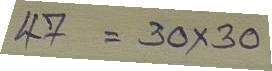
47 = 30 x 30